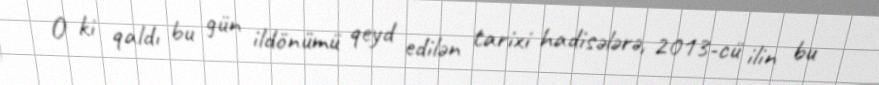
O ki qaldı bu gün ildönümü qeyd edilən tarixi hadisələrə, 2013-cü ilin bu